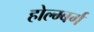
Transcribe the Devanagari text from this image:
होल्म्बर्ग